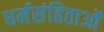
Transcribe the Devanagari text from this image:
धर्मसंहिताओं